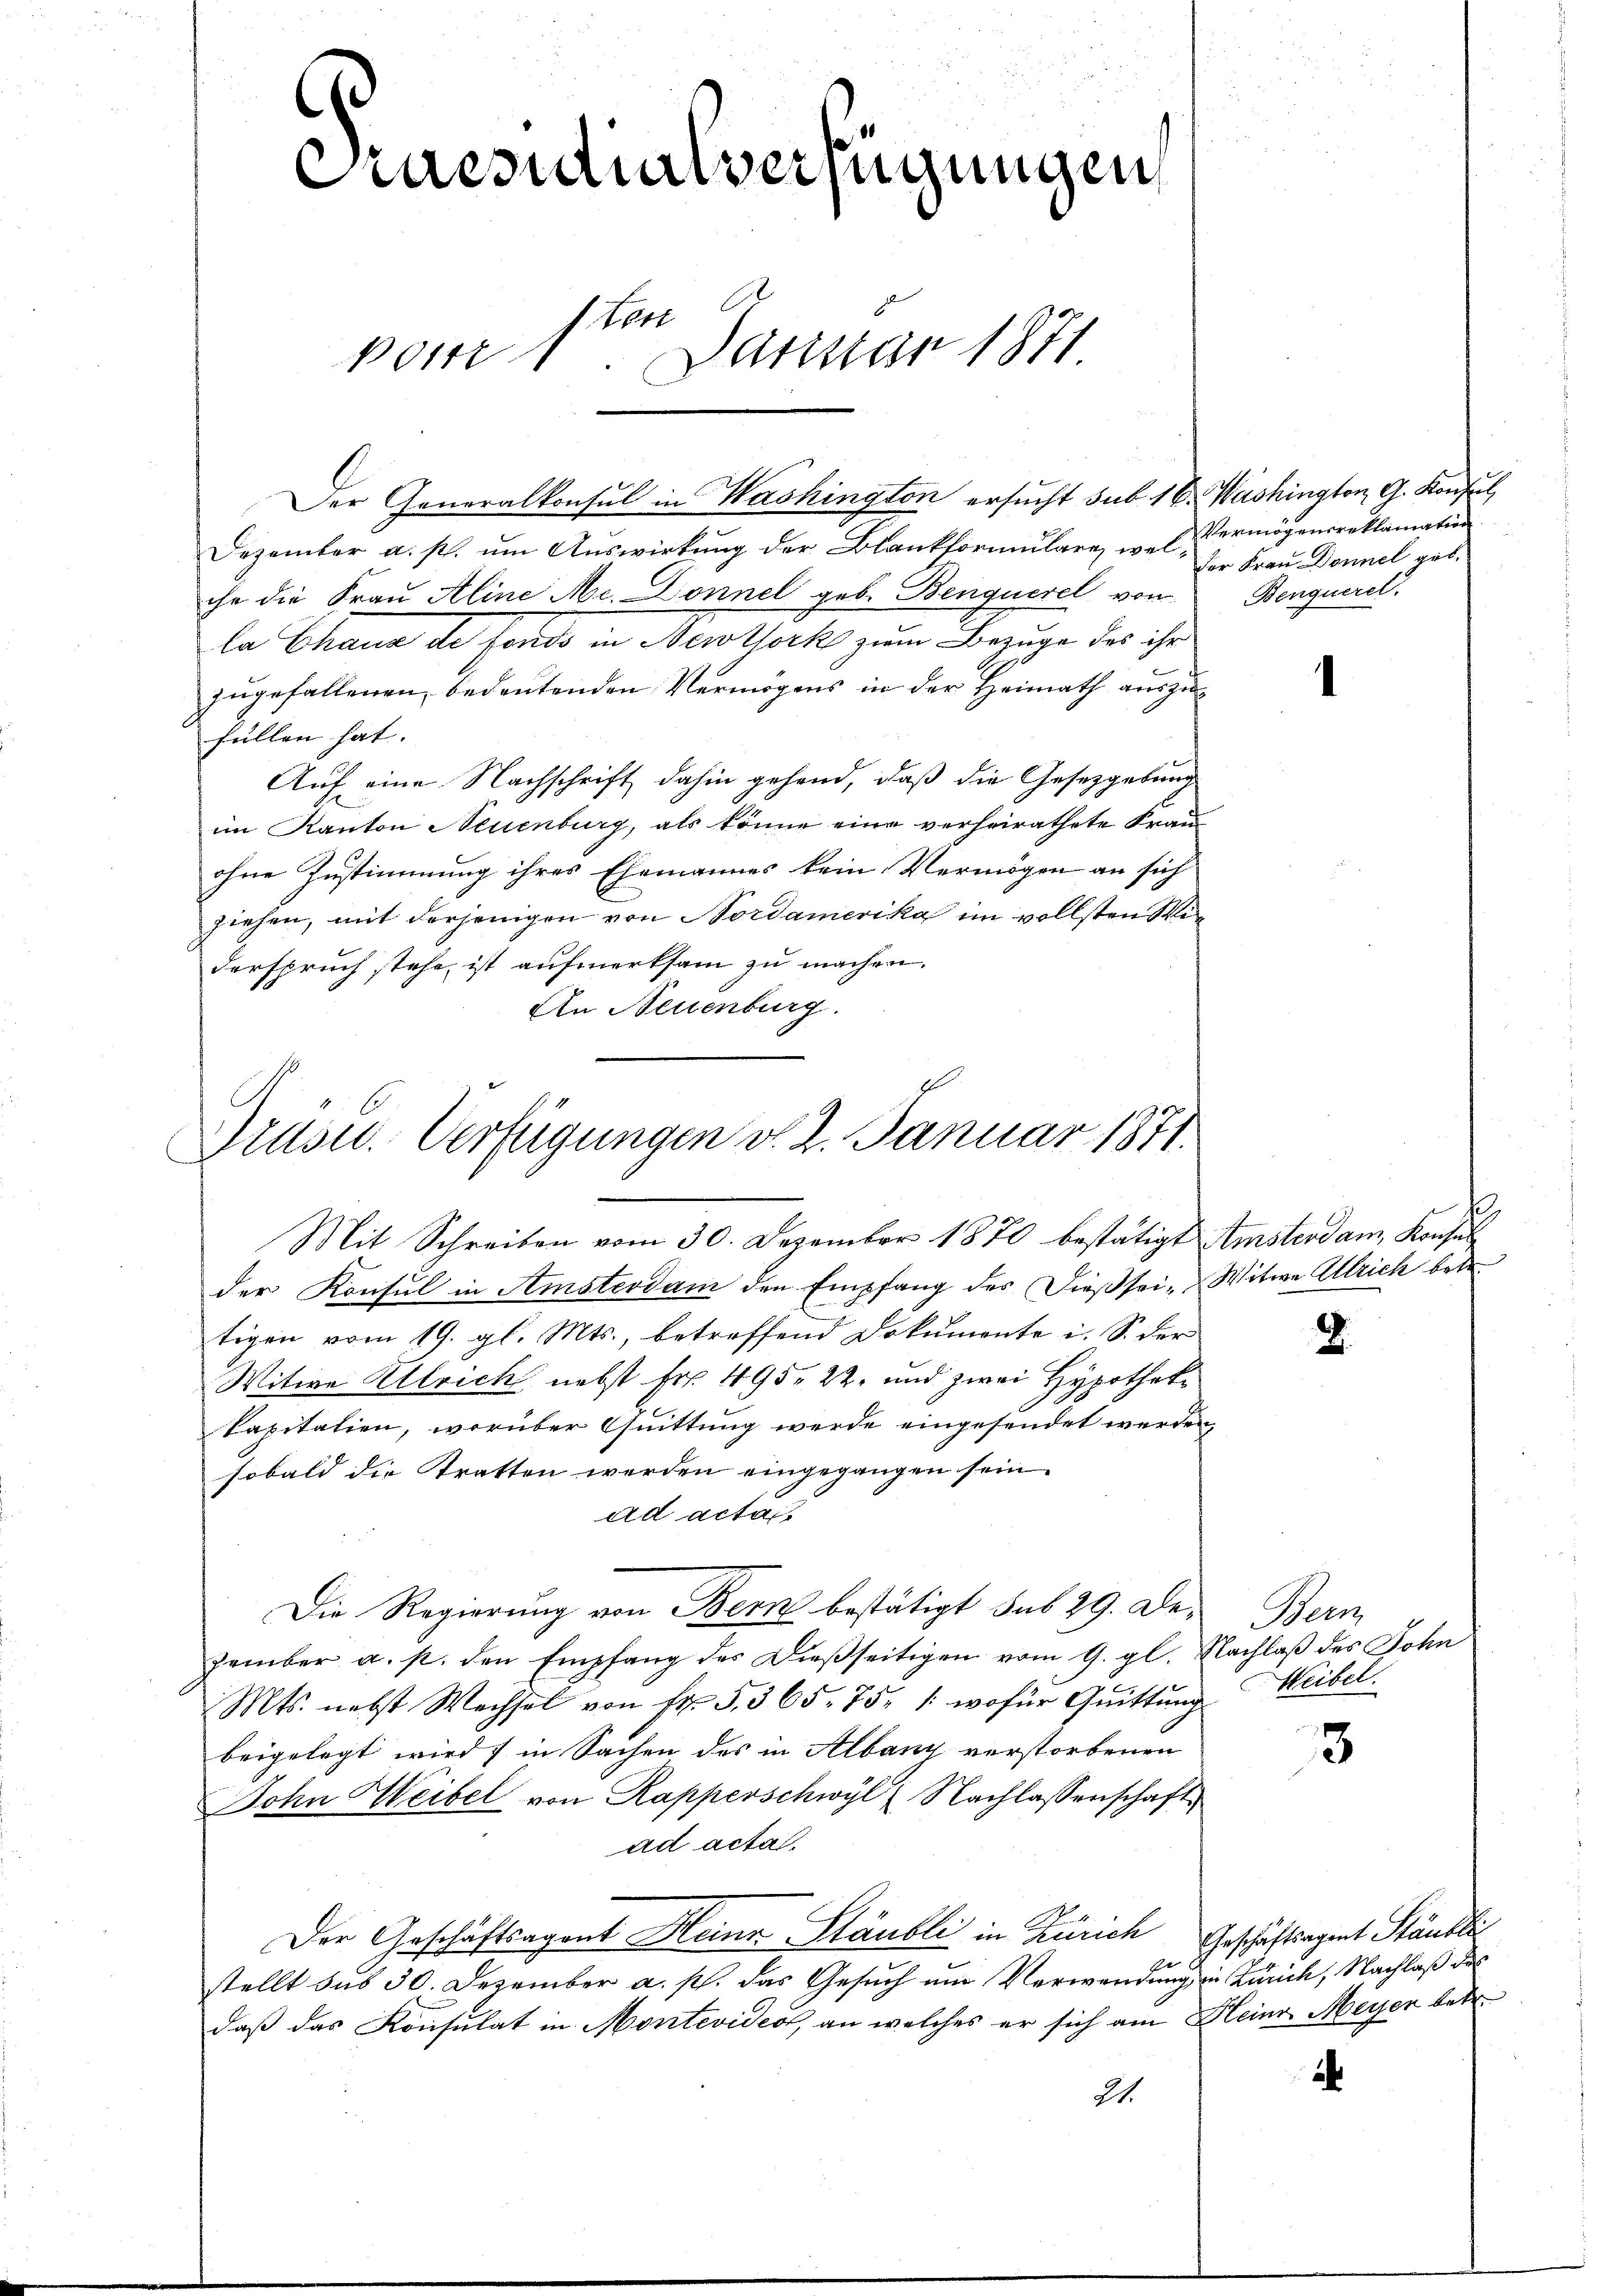
¬

.
aesidialverfügungen
ter
vom 1. Darster 1871

Dezember a. p. um Auswirkung der Blankformulare, welche die Frau Aline Ac. Donnel geb. Benquerel von
la Chaus de fonds in Newtork zum Bezuge des ihr
zugefallenen, bedeutenden Vermögens in der Heimath auszufüllen hat. |
Auf eine Nachschrift dahin gehend, daß die Gesetzgebung
im Kanton Neuenburg, als könne eine verheirathete Frau
ohne Zustimmung ihres Ehemannes kein Vermögen an sich
ziehen, mit derjenigen von Nordamerika im vollsten Wie
derspruch stehe, ist aufmerksam zu machen.
An Neuenburg.

Der Generalkonsul in Washington ersucht sub. 16. Washington G. Konsul,

Prüsu. Verfügungen v. 2. Januar 1871.
Mit Schreiben vom 30. Dezember 1870 bestätigt Amsterdam Konsul

Vermögensreklamation
der Frau Donnel geb.
Benquerel.

der Konsul in Amsterdam den Empfang des Dieß sei- Witwe Ulrich betr.
tigen vom 19. gl. Mts., betreffend Dokumente i. S. der
Witwe Ulricht nebst Fr. 495. 22. und zwei Hypotheke
kapitalien, worüber Quittung werde eingesendet werden,
sobald die Stratten werden eingegangen sein.
ad acta
Die Regierung von Bern bestätigt sub 29. De-
zember a. p. den Empfang des Dießseitigen vom 9. gl. Nachlaß des John
Mts. nebst Wechsel von 14. S. 365. 75. /: wofür Quittung Weibel.
beigelegt wird; in Sachen des in Albany verstorbenen
ohn Weibel von Kapperschwyl, Nachlassenschaft
ad actal.
Der Geschäftsagent Heinr. Stäubli in Zürich Geschäftsagent Stäubli
stellt sus 30. Dezember a. p. das Gesuch um Verwendung die Zürich, Nachlaß des
daß das Konsulat in Montevideol, an welches er sich am Heinr. Meyer betr.
21.

2

Her

3

.